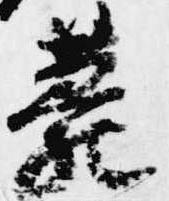
薨